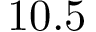
1 0 . 5